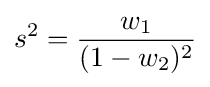
s^{2}={\frac {w_{1}}{(1-w_{2})^{2}}}